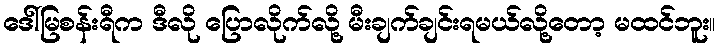
ဒေါ်မြစန်းရီက ဒီလို ပြောလိုက်လို့ မီးချက်ချင်းရမယ်လို့တော့ မထင်ဘူး။